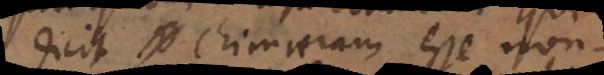
dicit chimaeram esse non